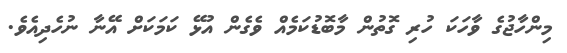
މިންހާޖުގެ ވާހަކަ ހުރި ގޮތުން މާބޮޑުކަމެއް ވެގެން އުޅޭ ކަމަކަށް އޭނާ ނުހެދިއެވެ.